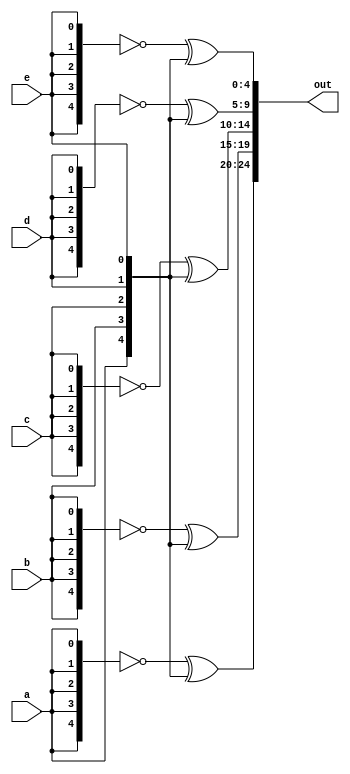
/* 
    https://hdlbits.01xz.net/wiki/Vector5
*/

/* 
    Given five 1-bit signals (a, b, c, d, and e), compute all 25 pairwise one-bit comparisons in the 25-bit output vector. The output should be 1 if the two bits being compared are equal.

    out[24] = ~a ^ a;   // a == a, so out[24] is always 1.
    out[23] = ~a ^ b;
    out[22] = ~a ^ c;
    ...
    out[ 1] = ~e ^ d;
    out[ 0] = ~e ^ e;
 */

module top_module (
    input a, b, c, d, e,
    output [24:0] out );//

    // The output is XNOR of two vectors created by 
    // concatenating and replicating the five inputs.
    // assign out = ~{ ... } ^ { ... };
    assign out[24:20] = ~{5{a}} ^ {a, b, c, d, e};
    assign out[19:15] = ~{5{b}} ^ {a, b, c, d, e};
    assign out[14:10] = ~{5{c}} ^ {a, b, c, d, e};
    assign out[9:5]   = ~{5{d}} ^ {a, b, c, d, e};
    assign out[4:0]   = ~{5{e}} ^ {a, b, c, d, e};

    /* solution */
    // wire [24:0] top, bottom;
    // assign top    = { {5{a}}, {5{b}}, {5{c}}, {5{d}}, {5{e}} };
    // assign bottom = {5{a,b,c,d,e}};
    // assign out = ~top ^ bottom;	// Bitwise XNOR

    // This could be done on one line:
    // assign out = ~{ {5{a}}, {5{b}}, {5{c}}, {5{d}}, {5{e}} } ^ {5{a,b,c,d,e}};

endmodule